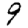
Digit: 9